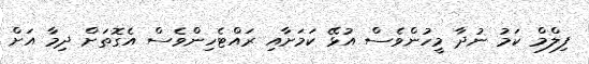
ފިލްމް ކަމު ނުދާ މީހުންވެސް އުޅޭ ކަމަށާއި ރައްޓެހިންވެސް އެގޮތަށް ދިމާ އަށް